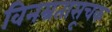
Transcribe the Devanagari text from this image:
विनम्रतासूचक